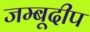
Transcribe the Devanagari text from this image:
जम्बूदीप